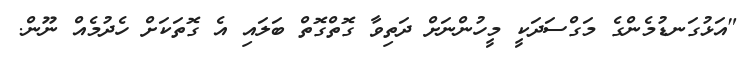
"އަޅުގަނޑުމެންގެ މަގްސަދަކީ މީހުންނަށް ދަތިވާ ގޮތްގޮތް ބަލައި އެ ގޮތަކަށް ހެދުމެއް ނޫން.